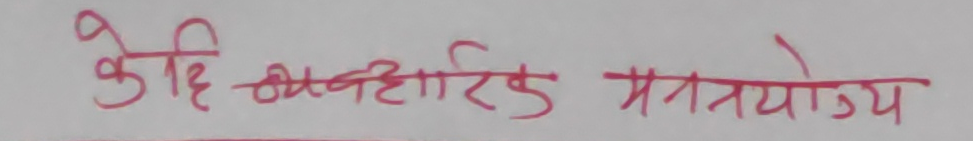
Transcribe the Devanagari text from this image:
केहि व्यवहारिक मननयोग्य